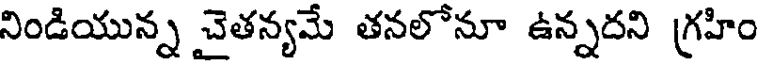
నిండియున్న చైతన్యమే తనలోనూ ఉన్నదని గ్రహిం